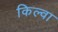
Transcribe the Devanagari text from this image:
किल्वा